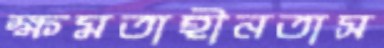
ক্ষমতাহীনতাস